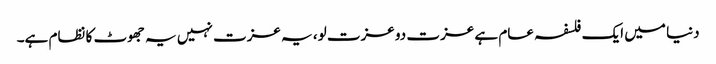
دنیا میں ایک فلسفہ عام ہے عزت دو عزت لو، یہ عزت نہیں یہ جھوٹ کا نظام ہے۔